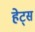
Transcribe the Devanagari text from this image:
हेट्स